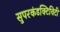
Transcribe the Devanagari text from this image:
सुपरकंडक्टिविटी